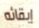
إبقائه